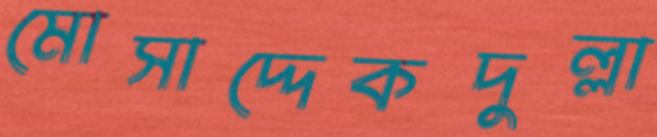
মোসাদ্দেকদুল্লা